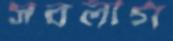
সবলীগ